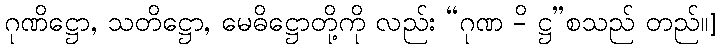
ဂုဏိဋ္ဌော, သတိဋ္ဌော, မေဓိဋ္ဌောတို့ကို လည်း “ဂုဏ -ိ ဋ္ဌ”စသည် တည်။]